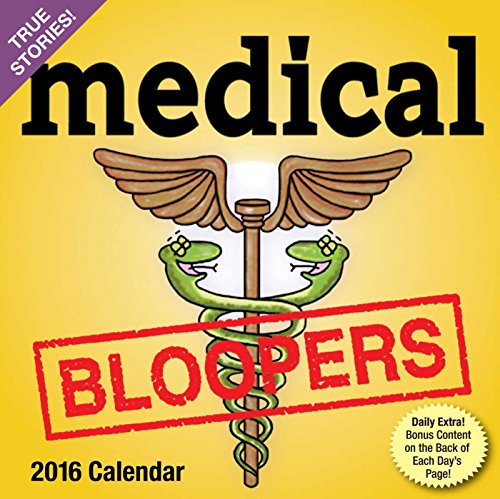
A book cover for Medical Bloopers 2016 Day-to-Day Calendar; Andrews McMeel Publishing LLC; Humor & Entertainment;